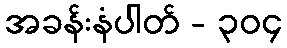
အခန်းနံပါတ် - ၃၀၄